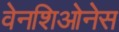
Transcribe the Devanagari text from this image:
वेनशिओनेस